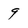
Character: 9